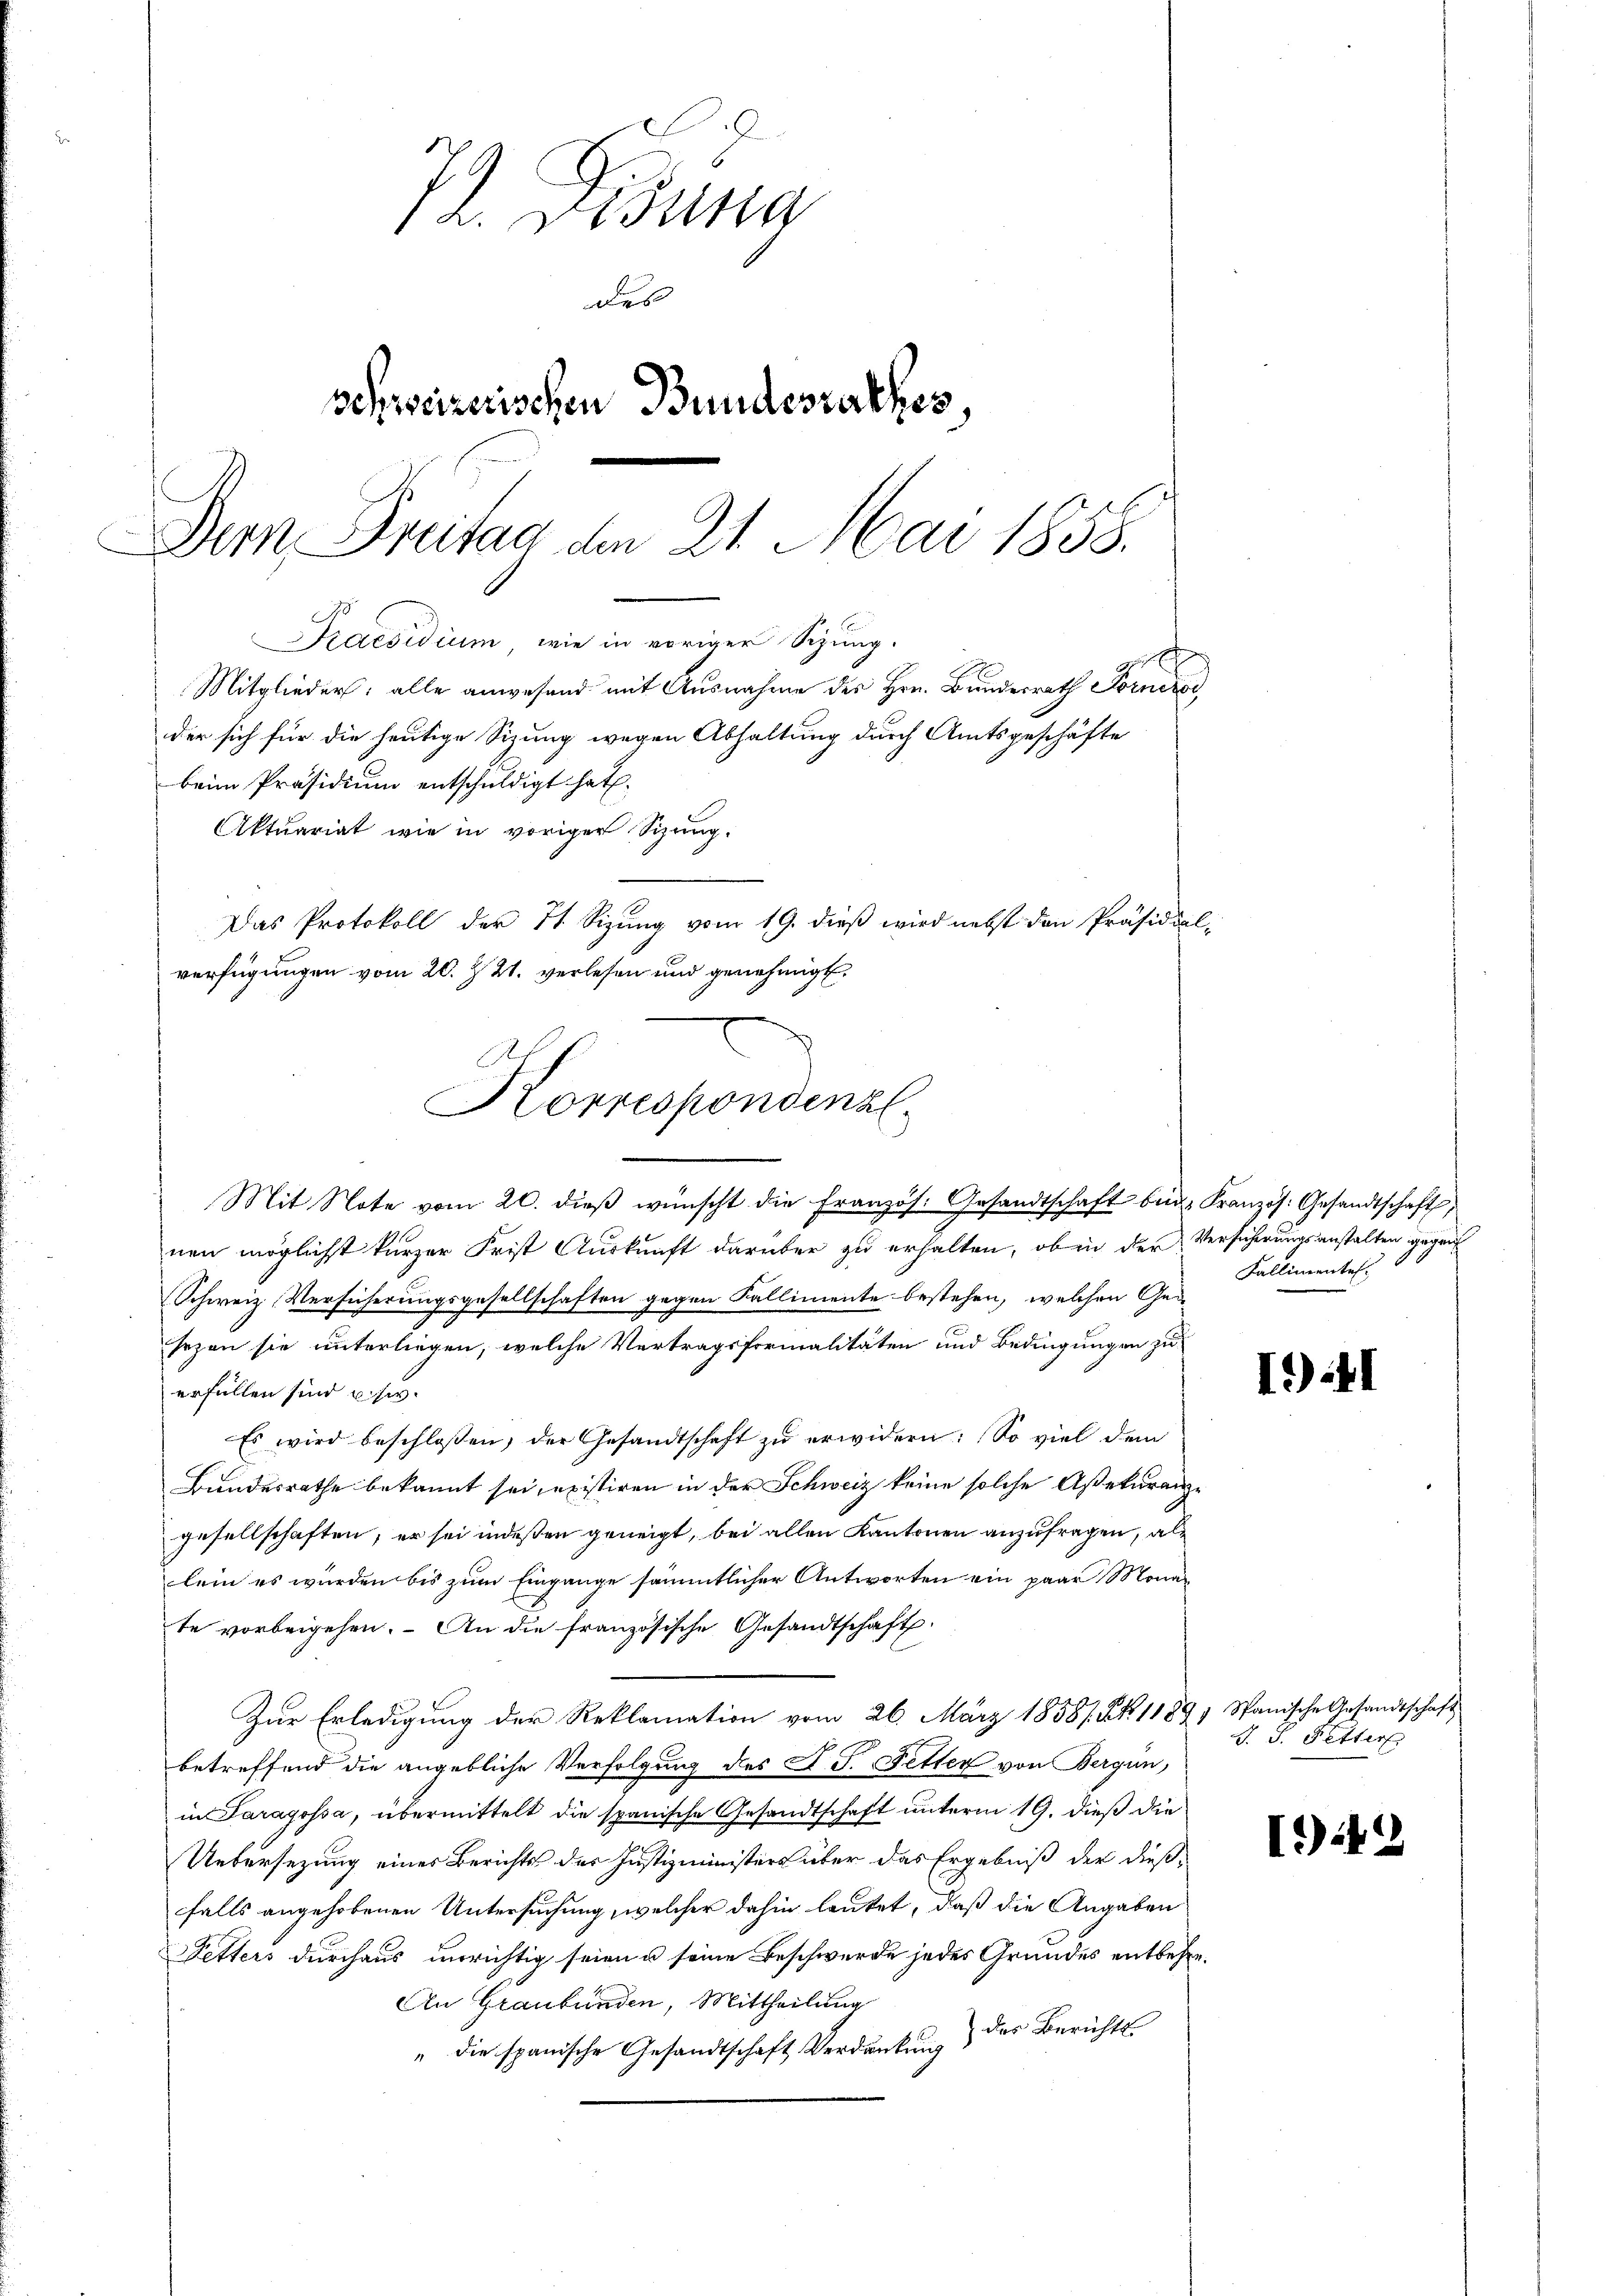
Das Protokoll der 71. Sizung vom 19. dieß wird nebst den Präsidial-
verfügungen vom 20. Z. 2. verlesen und genehmigt.
Korrespondenz.

72. Disena
des
vehweizerischen Bundesrathes,
Dem Dreitag den 21. Mai 1858.

Praesidium, wie in voriger Sitzung.
Mitglieder: alle anwesend mit Ausnahme des Hrn. Bunderrath Forner,
der sich für die heutige Sizung wegen Abhaltung durch Amtsgeschäfte
beim Präsidium entschuldigt hat.
Aktuariat wie in voriger Sizung.

Mit Note vom 20. dieβ wünscht die Französ. Gesandtschaft bei Französ. Gesandtschaft,
nen möglichst kurzer Frist Auskunft darüber zu erhalten, ob in der Versicherungsanstalten gegen
Schweiz. Versicherungsgesellschaften gegen Kallimente bestehen, welchen Ged
sezen sie unterliegen, welche Vertragsformalitäten und Bedingungen zu
erfüllen sind u. sie.
Es wird beschlossen, der Gesandtschaft zu erwidern: So viel dem
Bundesrathe bekannt sei, existiren in der Schweiz keine solche Assekuranz-
gesellschaften, er sei indeßen geneigt, bei allen Kantonen anzufragen, als
lein es wurden bis zum Eingange sämmtlicher Antworten ein paar Monate vorbeigehen. An die französische Gesandtschaft
Zur Erledigung der Reklamation vom 26. März 1858/. S. 1189, Spanische Gesandtschaft
betreffend die angebliche Verfolgung des St. J. Fetter von Bergün,
in Paragossa, übermittelt die spanische Gesandtschaft unterm 19. dieß die
Untersezung eines Berichts der Justizministers über das Ergebniß der dießfalls angehobenen Untersuchung, welcher dahin lautet, daß die Angaben
Petters durchaus unrichtig seien u seine Beschwerde jedes Grundes entbehre¬
An Graubünden, Mittheilung
des Berichts
" die spanische Gesandtschaft Verdankung

Kallimentes.

I) 41

J. J. Fetter

1.)